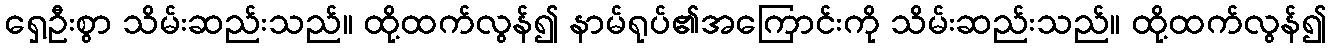
ရှေ့ဦးစွာ သိမ်းဆည်းသည်။ ထို့ထက်လွန်၍ နာမ်ရုပ်၏အကြောင်းကို သိမ်းဆည်းသည်။ ထို့ထက်လွန်၍